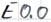
Text: E0.0